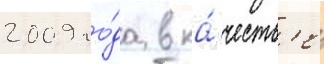
2009 го́да в ка́честв'е